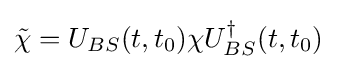
{\tilde {\chi }}=U_{BS}(t,t_{0})\chi U_{BS}^{\dagger }(t,t_{0})